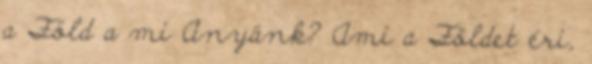
a Föld a mi Anyánk? Ami a Földet éri,